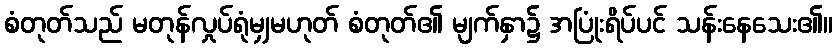
စံတုတ်သည် မတုန်လှုပ်ရုံမျှမဟုတ် စံတုတ်၏ မျက်နှာ၌ အပြုံးရိပ်ပင် သန်းနေသေး၏။